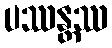
ပဿန္တဿ